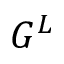
G ^ { L }